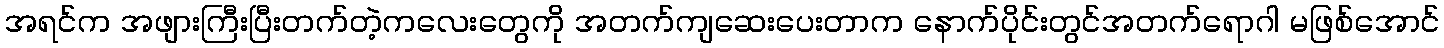
အရင်က အဖျားကြီးပြီးတက်တဲ့ကလေးတွေကို အတက်ကျဆေးပေးတာက နောက်ပိုင်းတွင်အတက်ရောဂါ မဖြစ်အောင်